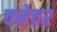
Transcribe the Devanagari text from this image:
वनेत्तर